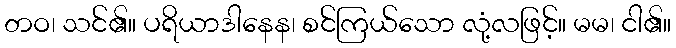
တဝ၊ သင်၏။ ပရိယာဒါနေန၊ စင်ကြယ်သော လုံ့လဖြင့်။ မမ၊ ငါ၏။